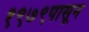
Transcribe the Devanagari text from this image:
१९७९पासून